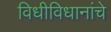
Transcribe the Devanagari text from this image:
विधीविधानांचे